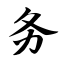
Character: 务